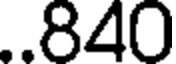
..840